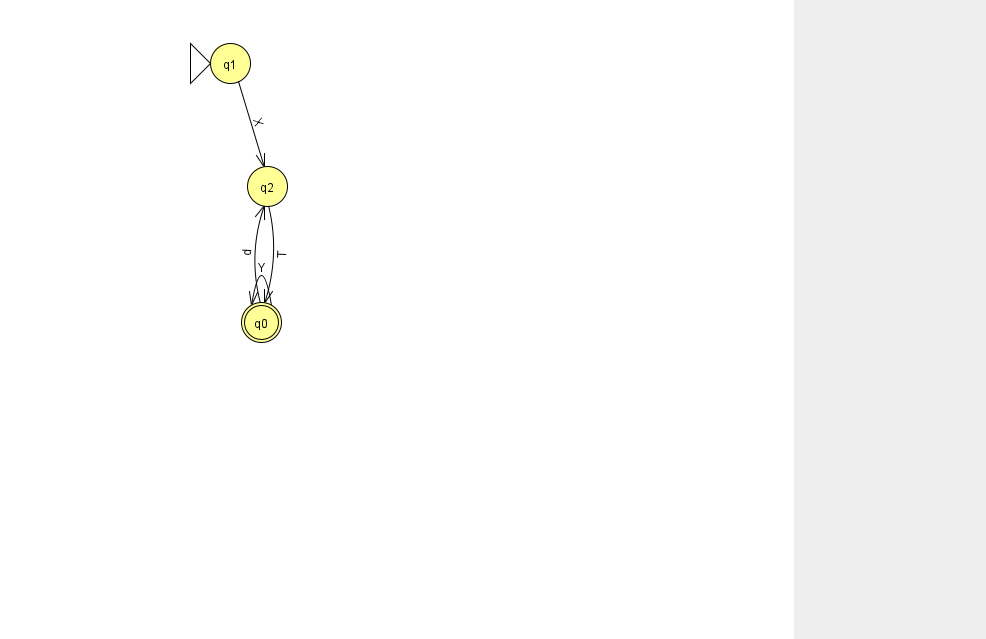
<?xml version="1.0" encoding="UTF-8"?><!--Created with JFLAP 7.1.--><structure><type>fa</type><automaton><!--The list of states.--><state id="0" name="q0"><x>261.0</x><y>309.0</y><final/></state><state id="1" name="q1"><x>230.0</x><y>50.0</y><initial/></state><state id="2" name="q2"><x>267.0</x><y>173.0</y></state><!--The list of transitions.--><transition><from>0</from><to>0</to><read>Y</read></transition><transition><from>1</from><to>2</to><read>X</read></transition><transition><from>0</from><to>2</to><read>d</read></transition><transition><from>2</from><to>0</to><read>T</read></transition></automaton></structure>